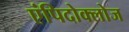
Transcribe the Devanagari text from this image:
एंपिदोक्लोज